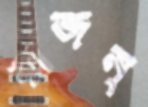
রাজন্‌